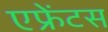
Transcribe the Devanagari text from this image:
एफ्रेंटस